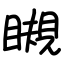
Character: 瞡